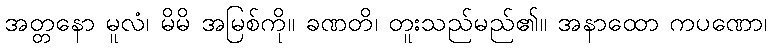
အတ္တနော မူလံ၊ မိမိ အမြစ်ကို။ ခဏတိ၊ တူးသည်မည်၏။ အနာထော ကပဏော၊